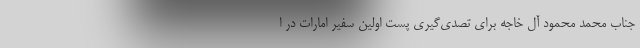
جناب محمد محمود آل خاجه برای تصدی‌گیری پست اولین سفیر امارات در ا